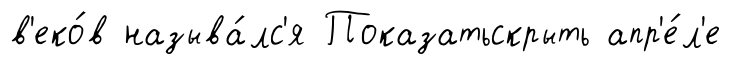
в'еко́в называ́лс'я Показатьскрыть апр'е́л'е